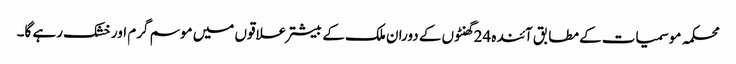
محکمہ موسمیات کے مطابق آئندہ 24گھنٹوں کے دوران ملک کے بیشتر علاقوں میں موسم گرم اور خشک رہے گا۔